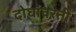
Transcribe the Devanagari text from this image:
दोघांवरती